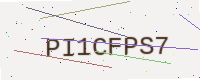
Text: PI1CFPS7